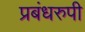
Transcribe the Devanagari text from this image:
प्रबंधरुपी